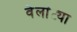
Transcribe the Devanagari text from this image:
वेलांट्या